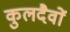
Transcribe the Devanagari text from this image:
कुलदैवों